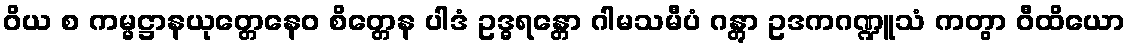
ဝိယ စ ကမ္မဋ္ဌာနယုတ္တေနေဝ စိတ္တေန ပါဒံ ဥဒ္ဓရန္တော ဂါမသမီပံ ဂန္တွာ ဥဒကဂဏ္ဍူသံ ကတွာ ဝီထိယော